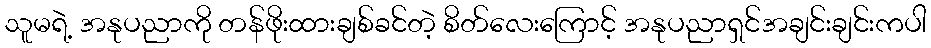
သူမရဲ့ အနုပညာကို တန်ဖိုးထားချစ်ခင်တဲ့ စိတ်လေးကြောင့် အနုပညာရှင်အချင်းချင်းကပါ